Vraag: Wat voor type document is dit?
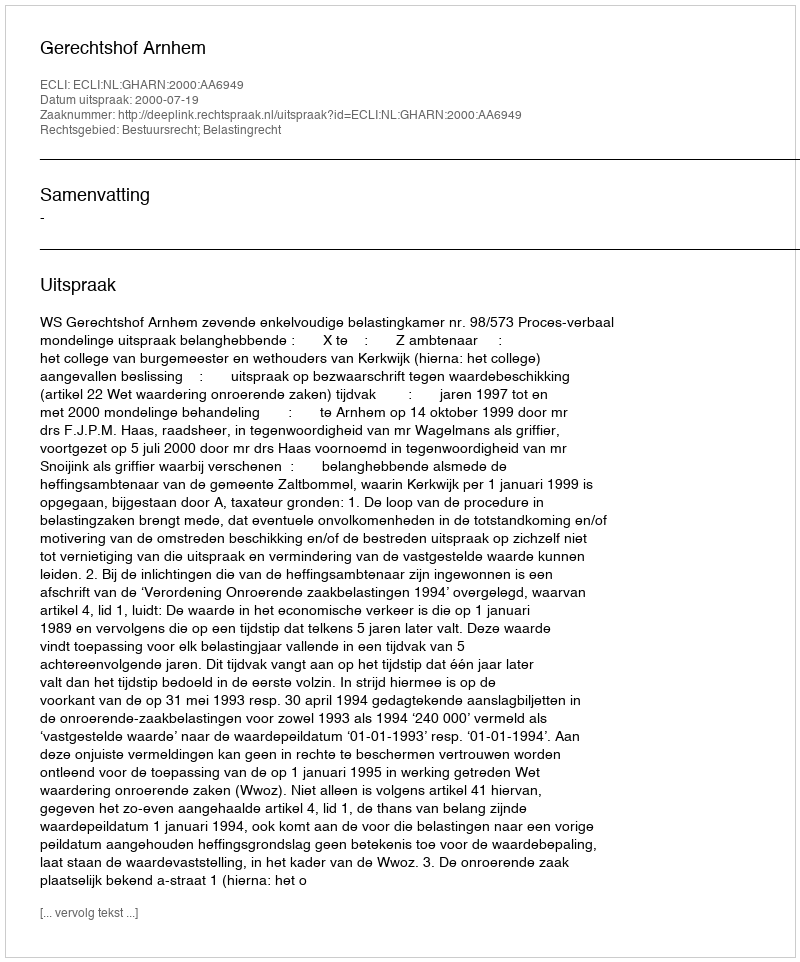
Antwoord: Uitspraak